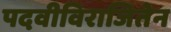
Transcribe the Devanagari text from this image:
पदवीविराजितेन